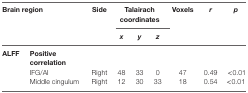
| <ROWSPAN=2-COLSPAN=2> Brain region | <ROWSPAN=2> Side | <COLSPAN=3> Talairach coordinates | <ROWSPAN=2> Voxels | <ROWSPAN=2> r | <ROWSPAN=2> p |
 | x | y | z |
 | --- | --- | --- | --- | --- | --- | --- | --- | --- |
 | ALFF | <COLSPAN=8> Positive correlation |
 |  | IFG/AI | Right | 48 | 33 | 0 | 47 | 0.49 | <0.01 |
 |  | Middle cingulum | Right | 12 | 30 | 33 | 18 | 0.54 | <0.01 |